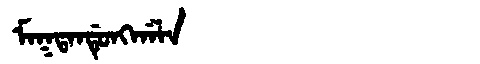
Manchu: ᠮᠠᡴᡨᠠᠨᡩᡠᠩᡤᠠᠯᠠ
Romanization: MAKTANDUNGGALA